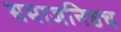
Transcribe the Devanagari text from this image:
समाजनिष्ठच